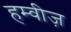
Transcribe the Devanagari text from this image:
हम्वीज़